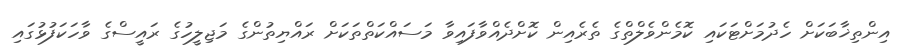
އިންތިޚާބަކަށް ހެދުމަށްޓަކައި ކޮމެންވެލްތްގެ ތެރެއިން ކޮށްދެއްވާފައިވާ މަސައްކަތްތަކަށް ރައްޔިތުންގެ މަޖިލީހުގެ ރައީސްގެ ވާހަކަފުޅުގައި